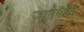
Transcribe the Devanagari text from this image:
जागेपैकी